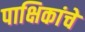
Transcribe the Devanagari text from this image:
पाक्षिकांचे